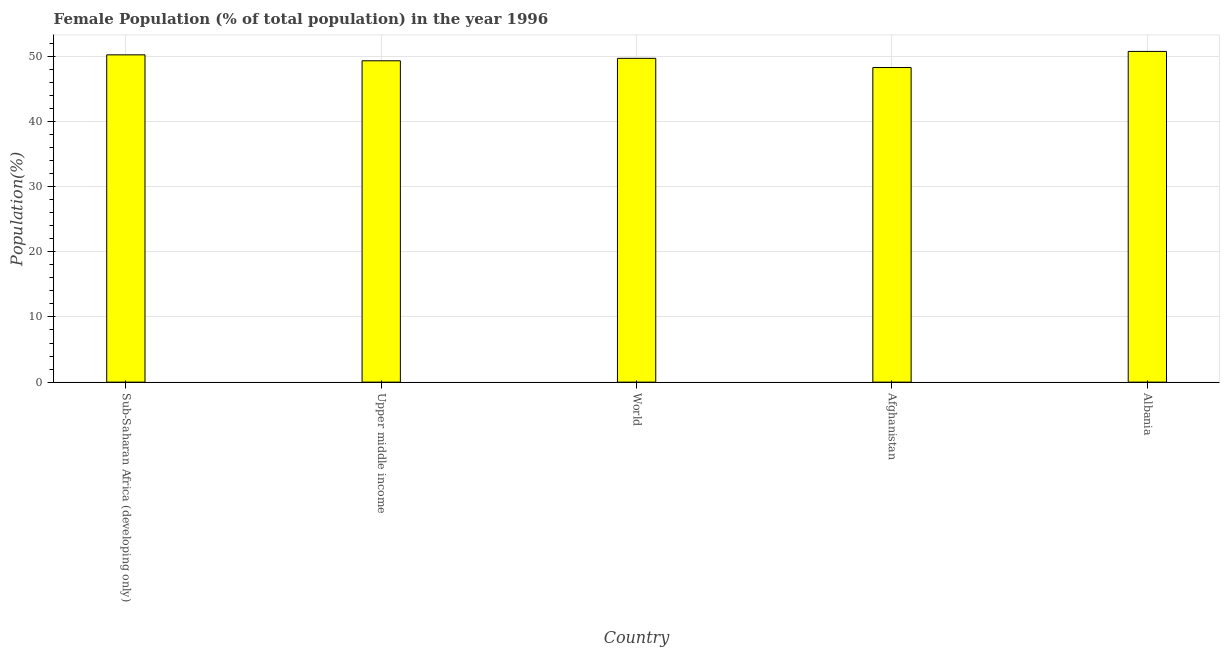
| Country | Female |
 | --- | --- |
 | Sub-Saharan Africa (developing only) | 50.2 |
 | Upper middle income | 49.3 |
 | World | 49.7 |
 | Afghanistan | 48.3 |
 | Albania | 50.7 |